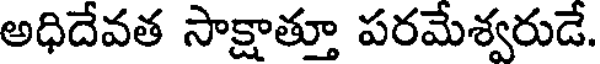
అధిదేవత సాక్షాత్తూ పరమేశ్వరుడే.